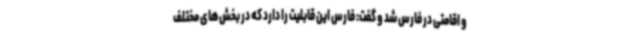
و اقامتی در فارس شد و گفت: فارس این قابلیت را دارد که در بخش‌های مختلف